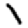
Digit: 1